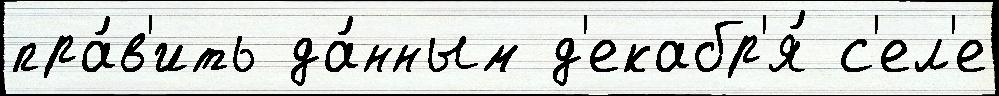
пра́в'ить да́нным д'екабр'я́ с'ел'е